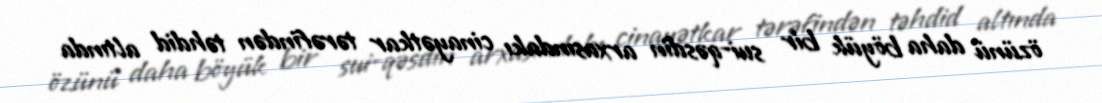
özünü daha böyük bir sui-qəsdin arxasındakı cinayətkar tərəfindən təhdid altında